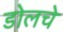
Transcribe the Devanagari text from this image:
डोलचे